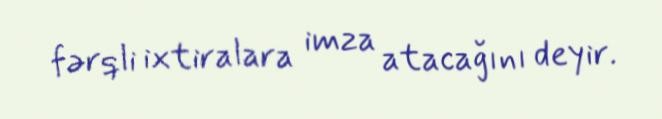
fərqli ixtiralara imza atacağını deyir.